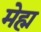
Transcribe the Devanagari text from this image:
मेह्म